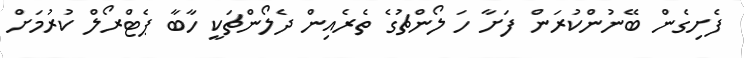
ފެށިގެން ބޭނުންކުރަން ފަށާ ހަ ލޯންޗުގެ ތެރެއިން ދެލޯންޗަކީ ހާބާ ޕެޓްރޯލް ކުރުމަށް